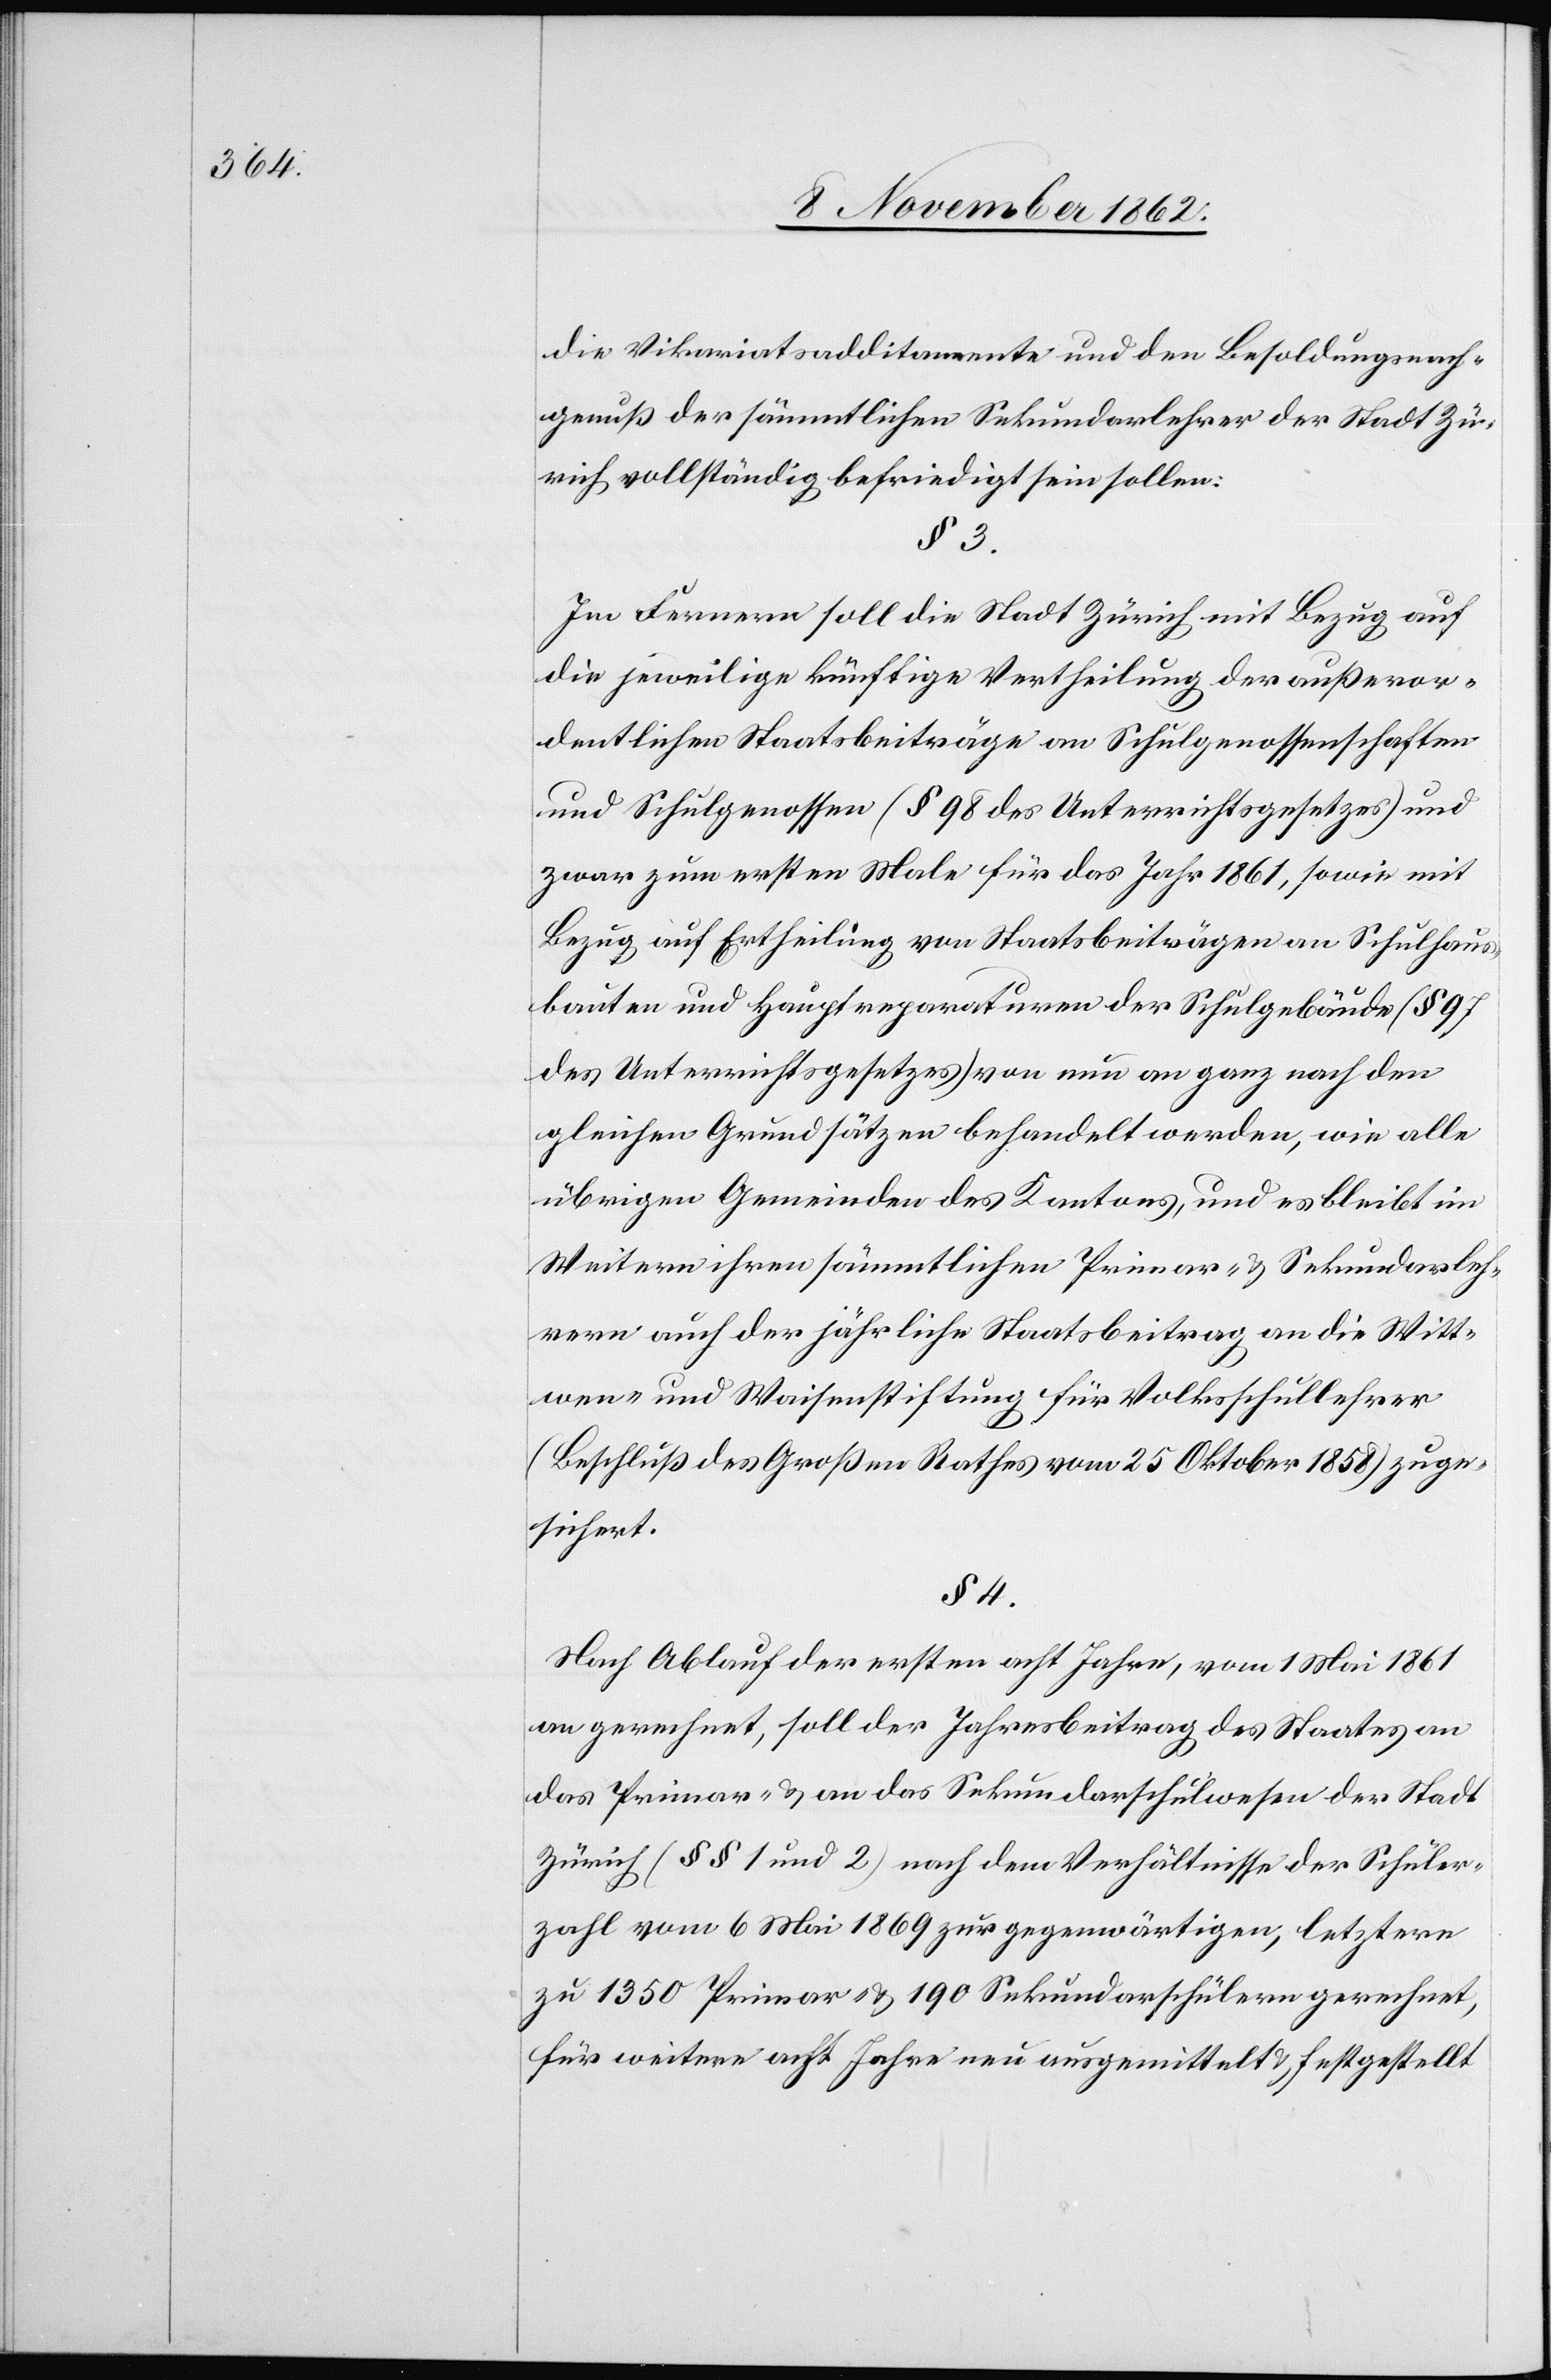
die Vikariatsadditamente und den Besoldungsnach¬
genuß der sämmtlichen Sekundarlehrer der Stadt Zü¬
rich vollständig befriedigt sein sollen.
Im Fernern soll die Stadt Zürich mit Bezug auf
die jeweilige künftige Vertheilung der außeror¬
dentlichen Staatsbeiträge an Schulgenossenschaften
und Schulgenossen (§ 98 des Unterrichtgesetzes) und
zwar zum ersten Male für das Jahr 1861 sowie mit
Bezug auf Ertheilung von Staatsbeiträgen an Schulhaus¬
bauten und Hauptreparaturen der Schulgebäude (§ 98
des Unterrichtsgesetzes) von nun an ganz nach den
gleichen Grundsätzen behandelt werden, wie alle
übrigen Gemeinden des Kantons, und es bleibt im
Weitern ihren sämmtlichen Primar- u. Sekundarschulleh¬
rern auch der jährliche Staatsbeitrag an die Witt¬
wen- und Waisenstiftung für Volksschullehrer
3.
(Beschluß des Großen Rathes vom 25. Oktober 1858) zuge¬
sichert.
§ 4.
Nach Ablauf der ersten acht Jahre, vom 1. Mai 1861
an gerechnet, soll der Jahresbeitrag des Staates an
das Primar- u. an das Sekundarschulwesen der Stadt
Zürich (§§ 1 und 2) nach dem Verhältnisse der Schüler¬
zahl vom 6. Mai 1869 zur gegenwärtigen, letztern
zu 1350 Primar- u. 190 Sekundarschülern gerechnet,
für weitere acht Jahre neu ausgemittelt u. festgestellt